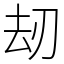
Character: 刼